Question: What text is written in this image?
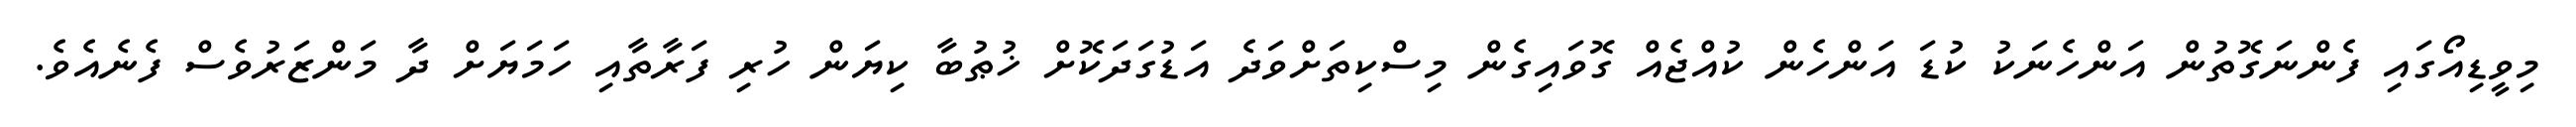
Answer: މިވީޑިއޯގައި ފެންނަގޮތުން އަންހެނަކު ކުޑަ އަންހެން ކުއްޖެއް ގޮވައިގެން މިސްކިތަށްވަދެ އަޑުގަދަކޮށް ޚުޠުބާ ކިޔަން ހުރި ފަރާތާއި ހަމަޔަށް ދާ މަންޒަރުވެސް ފެނެއެވެ.